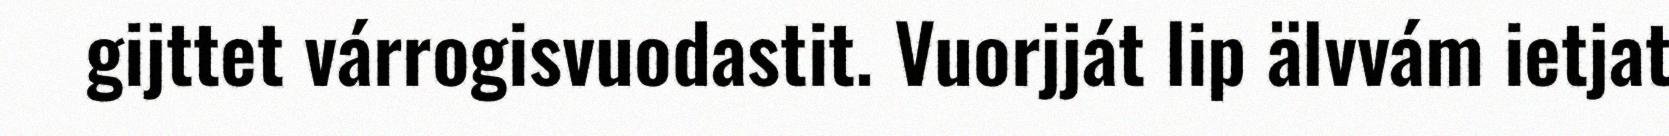
gijttet várrogisvuodastit. Vuorjját lip älvvám ietjat